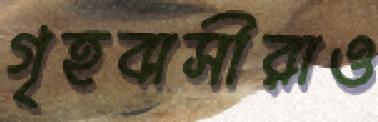
গৃহবাসীরাও